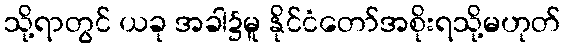
သို့ရာတွင် ယခု အခါ၌မူ နိုင်ငံတော်အစိုးရသို့မဟုတ်